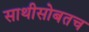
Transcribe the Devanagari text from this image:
साथीसोबतच